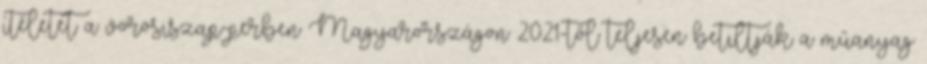
ítéletet a vörösiszap-perben Magyarországon 2021-től teljesen betiltják a műanyag